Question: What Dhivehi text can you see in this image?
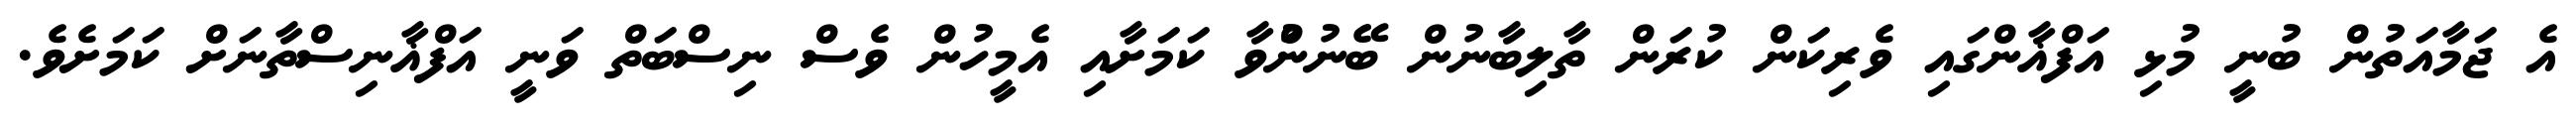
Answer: އެ ޖަމާއަތުން ބުނީ މުޅި އަފްޣާންގައި ވެރިކަން ކުރަން ތާލިބާނުން ބޭނުންުވާ ކަމަށާއި އެމީހުން ވެސް ނިސްބަތް ވަނީ އަފްޣާނިސްތާނަށް ކަމަށެވެ.